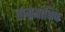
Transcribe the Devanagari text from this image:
ताम्रमाक्षिक